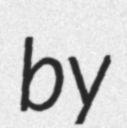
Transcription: by